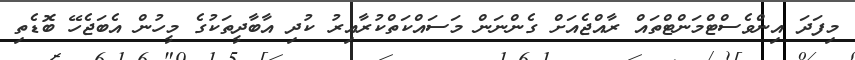
މިފަދަ އިންވެސްޓްމަންޓްތައް ރާއްޖެއަށް ގެންނަން މަސައްކަތްކުރާއިރު ކުދި އާބާދީތަކުގެ މީހުން އެބަޖެހޭ ބޮޑެތި